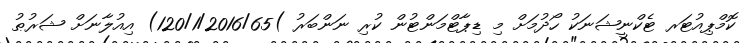
ކޮމްޕިއުޓަރ ޓެކްނީޝަނަކު ހޯދުމަށް މި ޑިޕާޓްމަންޓުން ކުރި ނަންބަރު )120/1/2016/65) އިއުލާނަށް ޝަރުޠު